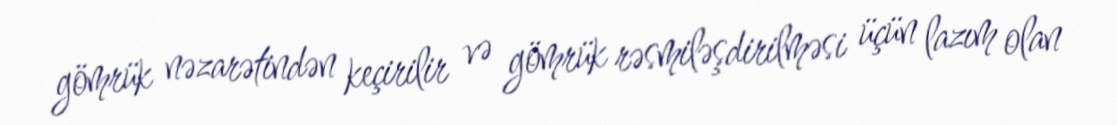
gömrük nəzarətindən keçirilir və gömrük rəsmiləşdirilməsi üçün lazım olan